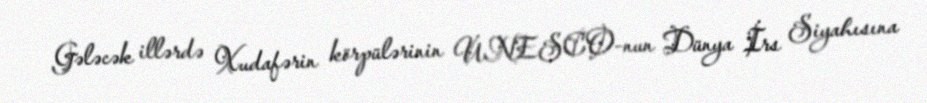
Gələcək illərdə Xudafərin körpülərinin UNESCO-nun Dünya İrs Siyahısına